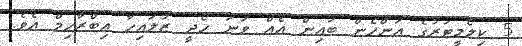
5 ކިލޯމީޓަރުގެ އަންހެން ބައިން އެއް ވަަނަ ހޯދީ ޒުލައިހާ އިބްރާހިމް އެވެ.